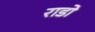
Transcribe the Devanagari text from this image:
राडो